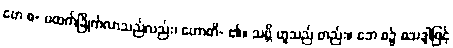
ဗော စ- ဗထက်ခြိုက်လာသည်လည်း၊ ဟောတိ- ၏။ သဗ္ဘိ ဟူသည် တည်း။ ဘေ စ၌ စသဒ္ဒါဖြင့်